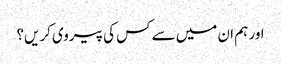
اور ہم ان میں سے کس کی پیروی کریں؟